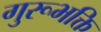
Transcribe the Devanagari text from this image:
गुरूभक्ति